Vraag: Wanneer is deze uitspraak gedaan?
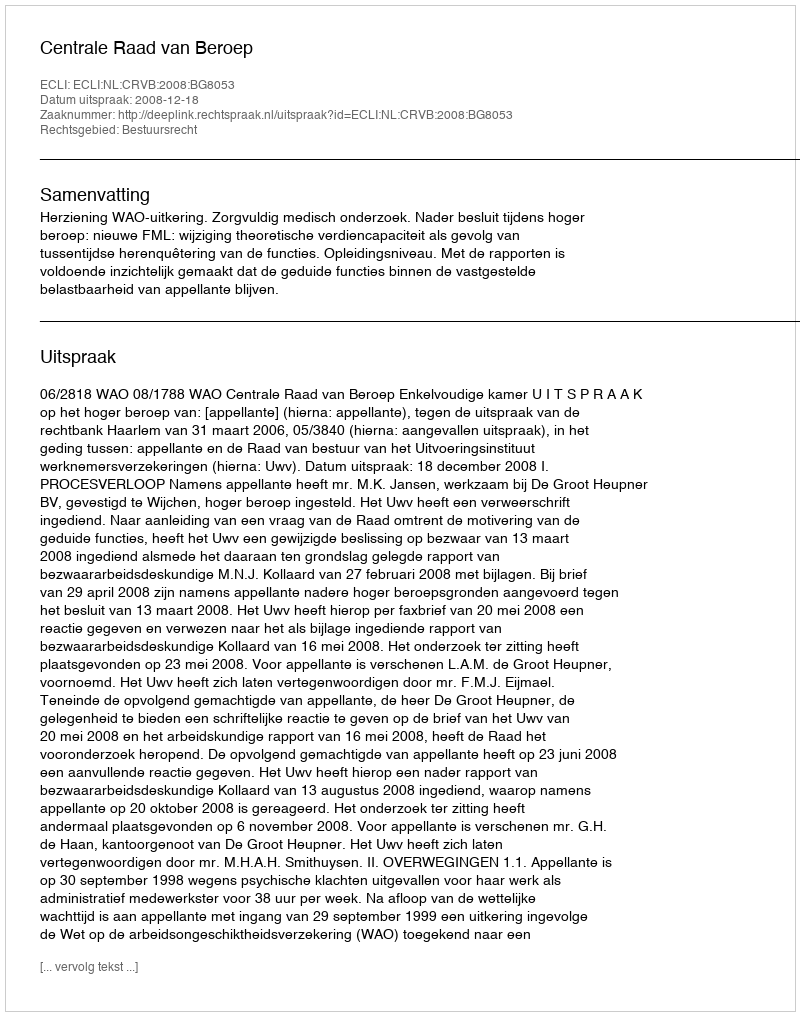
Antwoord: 2008-12-18